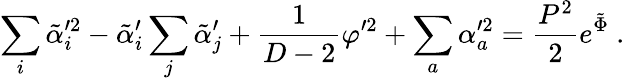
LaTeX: \sum_{i}\tilde{\alpha}_{i}^{\prime 2}-\tilde{\alpha}_{i}^{\prime}\sum_{j}\tilde{\alpha}_{j}^{\prime}+{\frac{1}{D-2}}\varphi^{\prime 2}+\sum_{a}\alpha_{a}^{\prime 2}={\frac{P^{2}}{2}}e^{\tilde{\Phi}}\ .